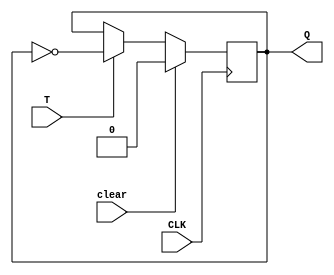
module FlipflopT(clear, CLK, T, Q);

  input clear, CLK, T;
  output reg Q;

  always @(posedge CLK) begin
    if (clear) begin
      Q <= 0;
    end else if (T) begin
      Q <= ~Q;
    end
  end

endmodule